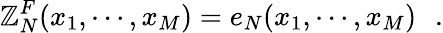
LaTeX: \mathbb{Z}_{N}^{F}(x_{1},\cdots,x_{M})=e_{N}(x_{1},\cdots,x_{M})\, \, \, \, .